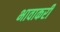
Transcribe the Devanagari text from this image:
भावाकरी